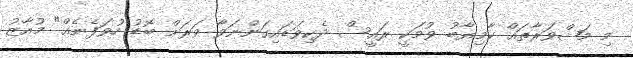
މި މަޝްވަރާތައް ކާމިޔާބު ވުމަކީ ރައީސް ދެކިވަޑައިގަންނަވާ ވަރަށް ބޮޑު ހުވަފެނެއް" މުއާޒު